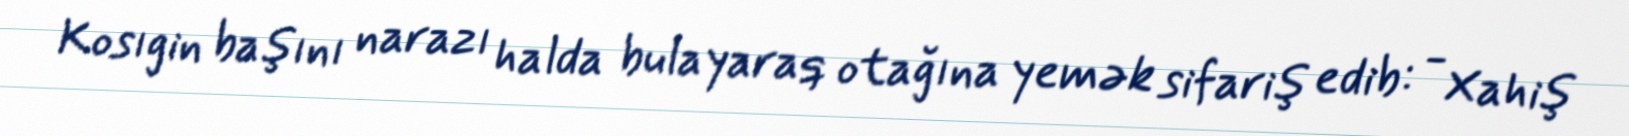
Kosıgin başını narazı halda bulayaraq otağına yemək sifariş edib: - Xahiş